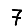
Digit: 7